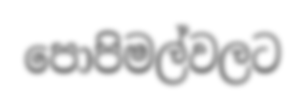
පොපිමල්වලට